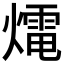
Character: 𤐇